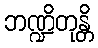
ဘဏ္ဍိတုန္တိ